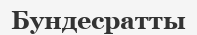
Бундесратты